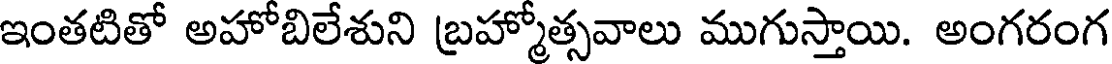
ఇంతటితో అహోబిలేశుని బ్రహ్మోత్సవాలు ముగుస్తాయి. అంగరంగ